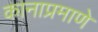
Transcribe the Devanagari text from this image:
कानाप्रमाणे